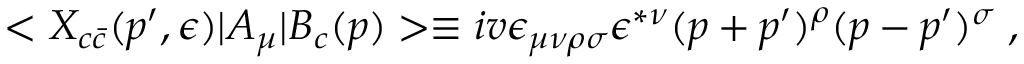
< X _ { c \bar { c } } ( p ^ { \prime } , \epsilon ) \vert A _ { \mu } \vert B _ { c } ( p ) > \equiv i v \epsilon _ { \mu \nu \rho \sigma } \epsilon ^ { * \nu } ( p + p ^ { \prime } ) ^ { \rho } ( p - p ^ { \prime } ) ^ { \sigma } \; ,